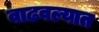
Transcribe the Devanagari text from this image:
वाढवल्यात